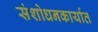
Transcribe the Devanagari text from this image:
संशोधनकार्यात